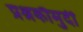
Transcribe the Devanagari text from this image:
प्रश्नकौमुदी